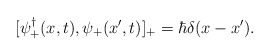
\begin{align*}[\psi_+^{\dagger}(x,t),\psi_+(x^{\prime},t)]_+= \hbar \delta(x-x^{\prime}).\end{align*}